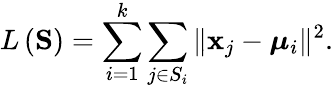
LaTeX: L\left(\mathbf{S}\right)=\sum_{i=1}^{k}\sum_{j\in S_{i}}\| \mathbf{x}_{j}-\boldsymbol{\mu}_{i}\| ^{2}.